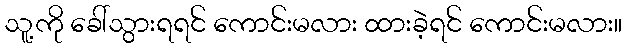
သူ့ကို ခေါ်သွားရရင် ကောင်းမလား ထားခဲ့ရင် ကောင်းမလား။